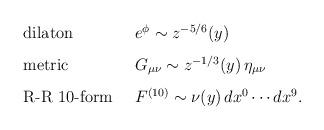
LaTeX: \begin{align*}\begin{array}{ll}\hbox{\rm dilaton} & \enskip e^\phi \sim z^{-5/6}(y) \\\noalign{\vskip 0.3 cm}\hbox{\rm metric} & \enskip G_{\mu \nu} \sim z^{-1/3}(y) \, \eta_{\mu\nu} \\\noalign{\vskip 0.3 cm}\hbox{\rm R-R 10-form} & \enskip F^{(10)} \sim \nu(y) \, dx^0 \cdots dx^9.\end{array}\end{align*}